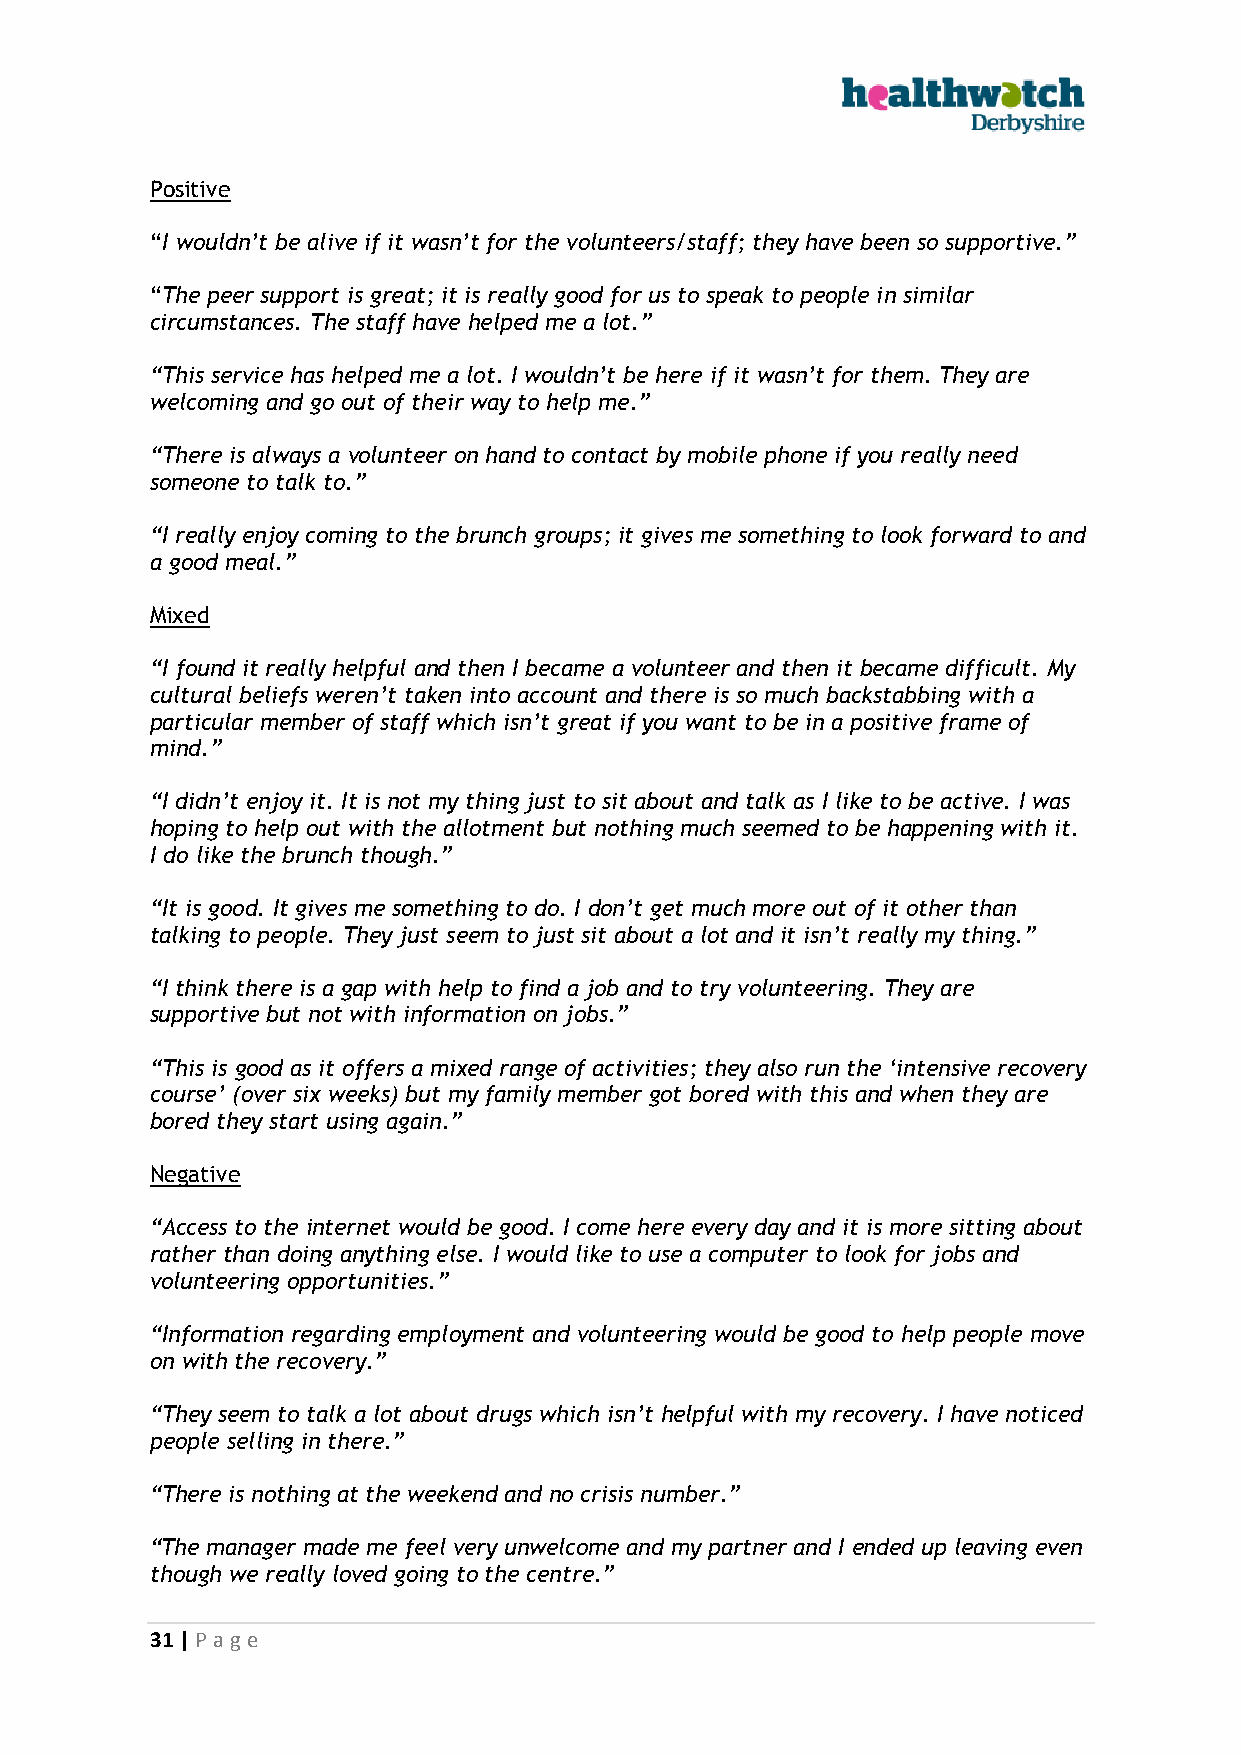
Positive
 “I wouldn’t be alive if it wasn’t for the volunteers/staff; they have been so supportive.”
 “The peer support is great; it is really good for us to speak to people in similar
 circumstances. The staff have helped me a lot.”
 “This service has helped me a lot. I wouldn’t be here if it wasn’t for them. They are
 welcoming and go out of their way to help me.”
 “There is always a volunteer on hand to contact by mobile phone if you really need
 someone to talk to.”
 “I really enjoy coming to the brunch groups; it gives me something to look forward to and
 a good meal.”
 Mixed
 “I found it really helpful and then I became a volunteer and then it became difficult. My
 cultural beliefs weren’t taken into account and there is so much backstabbing with a
 particular member of staff which isn’t great if you want to be in a positive frame of
 mind.”
 “I didn’t enjoy it. It is not my thing just to sit about and talk as I like to be active. I was
 hoping to help out with the allotment but nothing much seemed to be happening with it.
 I do like the brunch though.”
 “It is good. It gives me something to do. I don’t get much more out of it other than
 talking to people. They just seem to just sit about a lot and it isn’t really my thing.”
 “I think there is a gap with help to find a job and to try volunteering. They are
 supportive but not with information on jobs.”
 “This is good as it offers a mixed range of activities; they also run the ‘intensive recovery
 course’ (over six weeks) but my family member got bored with this and when they are
 bored they start using again.”
 Negative
 “Access to the internet would be good. I come here every day and it is more sitting about
 rather than doing anything else. I would like to use a computer to look for jobs and
 volunteering opportunities.”
 “Information regarding employment and volunteering would be good to help people move
 on with the recovery.”
 “They seem to talk a lot about drugs which isn’t helpful with my recovery. I have noticed
 people selling in there.”
 “There is nothing at the weekend and no crisis number.”
 “The manager made me feel very unwelcome and my partner and I ended up leaving even
 though we really loved going to the centre.”
 31 | P age